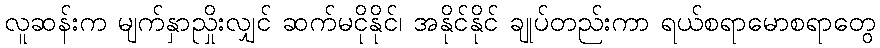
လူဆန်းက မျက်နှာညှိုးလျှင် ဆက်မငိုနိုင်၊ အနိုင်နိုင် ချုပ်တည်းကာ ရယ်စရာမောစရာတွေ